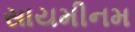
સાયમીનમ